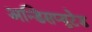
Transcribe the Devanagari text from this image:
अन्डिसप्युटेड